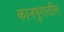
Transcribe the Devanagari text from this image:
कानपुरातील